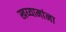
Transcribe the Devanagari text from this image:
खय्यामांना